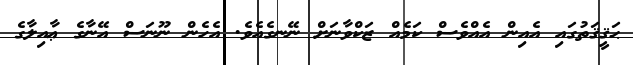
ޙަޤީޤަތުގައި އެއިން އެއްވެސް ކަމެއް ޒަކްވާނަށް ނޭނގެއެވެ. އެހެން ނޫނަސް އޭނާގެ ޢާއިލާގެ